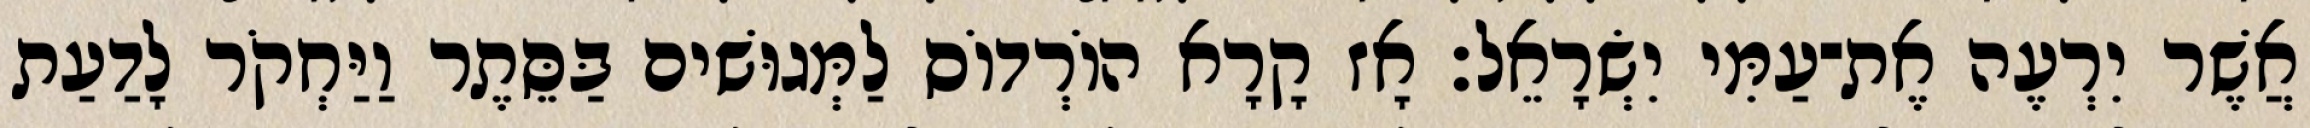
אֲשֶׁר יִרְעֶה אֶת־עַמִּי יִשְׂרָאֵל׃ אָז קָרָא הוֹרְדוֹס לַמְּגוּשׁים בַּסֵּתֶר וַיַּחְקֹר לָדַעַת